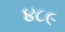
૪૮૯